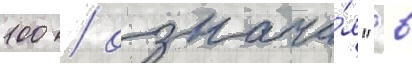
100 / означа́я "в